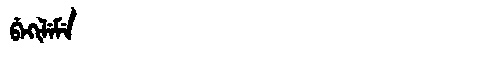
Manchu: ᠪᡝᡴᡳᠯᡝᠮᡝ
Romanization: BEKILEME